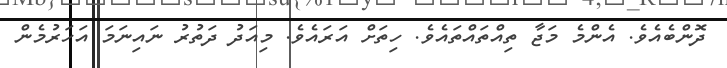
ދޮންބެއެވެ. އެންމެ މަޖާ ތިއްތައްތައެވެ. ހިތަށް އަރައެވެ. މިއަދު ދަތުރު ނައިނަމަ އަހަރުމެން